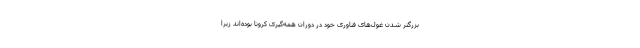
بزرگتر شدن غول‌های فناوری خود در دوران همه‌گیری کرونا بوده‌اند زیرا